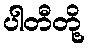
ပါတီတို့